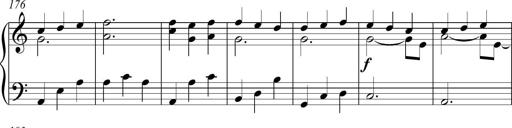
Title: Piano Sonatina in C
Composer: Daniel LÃ©o Simpson
Key: C major